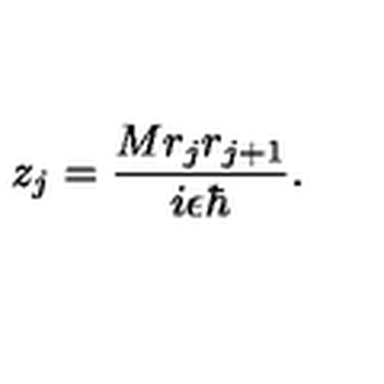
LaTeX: z _ { j } = \frac { M r _ { j } r _ { j + 1 } } { i \epsilon \hbar } .